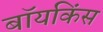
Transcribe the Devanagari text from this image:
बॉयकिंस